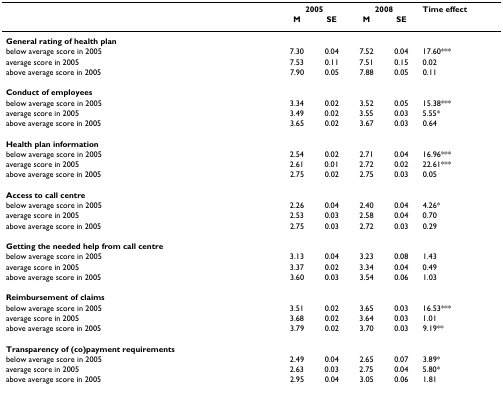
<table><thead><tr><td></td><td colspan="2"><b>2005</b></td><td colspan="2"><b>2008</b></td><td><b>Time effect</b></td></tr><tr><td></td><td><b>M</b></td><td><b>SE</b></td><td><b>M</b></td><td><b>SE</b></td><td></td></tr></thead><tbody><tr><td><b>General rating of health plan</b></td><td></td><td></td><td></td><td></td><td></td></tr><tr><td>below average score in 2005</td><td>7.30</td><td>0.04</td><td>7.52</td><td>0.04</td><td>17.60***</td></tr><tr><td>average score in 2005</td><td>7.53</td><td>0.11</td><td>7.51</td><td>0.15</td><td>0.02</td></tr><tr><td>above average score in 2005</td><td>7.90</td><td>0.05</td><td>7.88</td><td>0.05</td><td>0.11</td></tr><tr><td><b>Conduct of employees</b></td><td></td><td></td><td></td><td></td><td></td></tr><tr><td>below average score in 2005</td><td>3.34</td><td>0.02</td><td>3.52</td><td>0.05</td><td>15.38***</td></tr><tr><td>average score in 2005</td><td>3.49</td><td>0.02</td><td>3.55</td><td>0.03</td><td>5.55*</td></tr><tr><td>above average score in 2005</td><td>3.65</td><td>0.02</td><td>3.67</td><td>0.03</td><td>0.64</td></tr><tr><td><b>Health plan information</b></td><td></td><td></td><td></td><td></td><td></td></tr><tr><td>below average score in 2005</td><td>2.54</td><td>0.02</td><td>2.71</td><td>0.04</td><td>16.96***</td></tr><tr><td>average score in 2005</td><td>2.61</td><td>0.01</td><td>2.72</td><td>0.02</td><td>22.61***</td></tr><tr><td>above average score in 2005</td><td>2.75</td><td>0.02</td><td>2.75</td><td>0.03</td><td>0.05</td></tr><tr><td><b>Access to call centre</b></td><td></td><td></td><td></td><td></td><td></td></tr><tr><td>below average score in 2005</td><td>2.26</td><td>0.04</td><td>2.40</td><td>0.04</td><td>4.26*</td></tr><tr><td>average score in 2005</td><td>2.53</td><td>0.03</td><td>2.58</td><td>0.04</td><td>0.70</td></tr><tr><td>above average score in 2005</td><td>2.75</td><td>0.03</td><td>2.72</td><td>0.03</td><td>0.29</td></tr><tr><td><b>Getting the needed help from call centre</b></td><td></td><td></td><td></td><td></td><td></td></tr><tr><td>below average score in 2005</td><td>3.13</td><td>0.04</td><td>3.23</td><td>0.08</td><td>1.43</td></tr><tr><td>average score in 2005</td><td>3.37</td><td>0.02</td><td>3.34</td><td>0.04</td><td>0.49</td></tr><tr><td>above average score in 2005</td><td>3.60</td><td>0.03</td><td>3.54</td><td>0.06</td><td>1.03</td></tr><tr><td><b>Reimbursement of claims</b></td><td></td><td></td><td></td><td></td><td></td></tr><tr><td>below average score in 2005</td><td>3.51</td><td>0.02</td><td>3.65</td><td>0.03</td><td>16.53***</td></tr><tr><td>average score in 2005</td><td>3.68</td><td>0.02</td><td>3.64</td><td>0.03</td><td>1.01</td></tr><tr><td>above average score in 2005</td><td>3.79</td><td>0.02</td><td>3.70</td><td>0.03</td><td>9.19**</td></tr><tr><td><b>Transparency of (co)payment requirements</b></td><td></td><td></td><td></td><td></td><td></td></tr><tr><td>below average score in 2005</td><td>2.49</td><td>0.04</td><td>2.65</td><td>0.07</td><td>3.89*</td></tr><tr><td>average score in 2005</td><td>2.63</td><td>0.03</td><td>2.75</td><td>0.04</td><td>5.80*</td></tr><tr><td>above average score in 2005</td><td>2.95</td><td>0.04</td><td>3.05</td><td>0.06</td><td>1.81</td></tr></tbody></table>